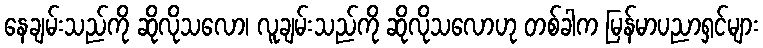
နေချမ်းသည်ကို ဆိုလိုသလော၊ လူချမ်းသည်ကို ဆိုလိုသလောဟု တစ်ခါက မြန်မာပညာရှင်များ